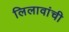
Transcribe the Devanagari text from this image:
लिलावांची